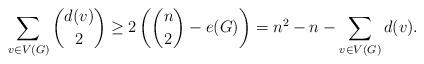
LaTeX: \begin{align*} \sum_{v \in V(G)} \binom{d(v)}{2} \ge 2 \left(\binom{n}{2} - e(G)\right) = n^2-n - \sum_{v\in V(G)} d(v).\end{align*}